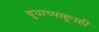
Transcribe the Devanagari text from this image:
बुधाच्याहूनही